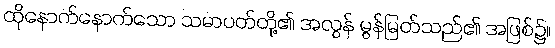
ထိုနောက်နောက်သော သမာပတ်တို့၏ အလွန် မွန်မြတ်သည်၏ အဖြစ်၌။